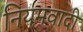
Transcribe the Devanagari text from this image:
नियमवादी